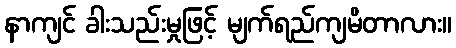
နာကျင် ခါးသည်းမှုဖြင့် မျက်ရည်ကျမိတာလား။